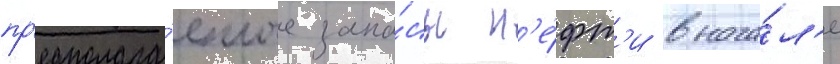
пр'едполага́емые запа́сы н'е́фт'и внача́л'е